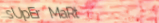
sUpEr MaRt